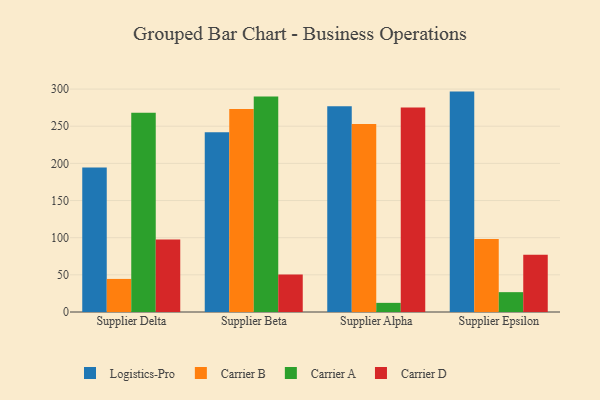
{"axis": {"x": "Supplier", "y": "Page Views"}, "legend": ["Carrier A", "Carrier B", "Carrier D", "Logistics-Pro"], "data": [{"x": "Supplier Delta", "y": 194.6, "type": "Logistics-Pro"}, {"x": "Supplier Delta", "y": 44.5, "type": "Carrier B"}, {"x": "Supplier Delta", "y": 268.0, "type": "Carrier A"}, {"x": "Supplier Delta", "y": 97.5, "type": "Carrier D"}, {"x": "Supplier Beta", "y": 242.0, "type": "Logistics-Pro"}, {"x": "Supplier Beta", "y": 273.2, "type": "Carrier B"}, {"x": "Supplier Beta", "y": 290.0, "type": "Carrier A"}, {"x": "Supplier Beta", "y": 50.3, "type": "Carrier D"}, {"x": "Supplier Alpha", "y": 277.0, "type": "Logistics-Pro"}, {"x": "Supplier Alpha", "y": 253.0, "type": "Carrier B"}, {"x": "Supplier Alpha", "y": 12.3, "type": "Carrier A"}, {"x": "Supplier Alpha", "y": 275.1, "type": "Carrier D"}, {"x": "Supplier Epsilon", "y": 296.6, "type": "Logistics-Pro"}, {"x": "Supplier Epsilon", "y": 98.1, "type": "Carrier B"}, {"x": "Supplier Epsilon", "y": 26.7, "type": "Carrier A"}, {"x": "Supplier Epsilon", "y": 77.1, "type": "Carrier D"}]}